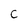
Character: c